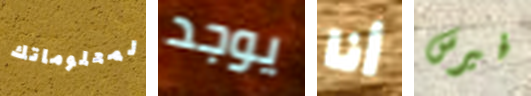
لمعلوماتك يوجد أنا فيرس